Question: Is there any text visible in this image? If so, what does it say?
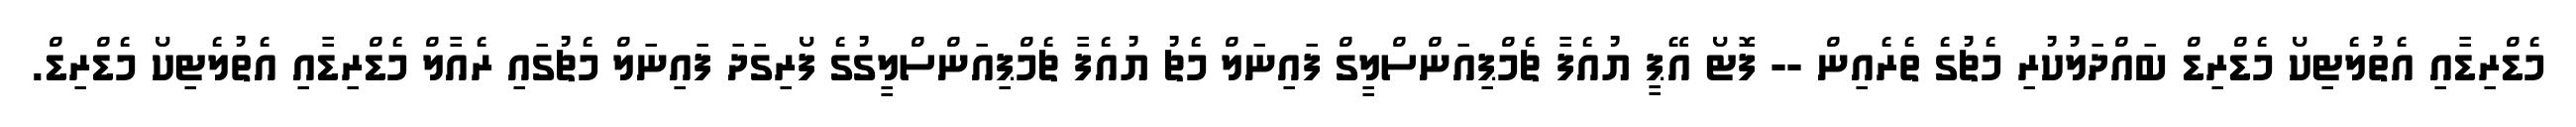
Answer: މެޑްރިޑާއި އެތުލެޓިކޯ މެޑްރިޑް ބައްދަލުކުރި މެޗުގެ ތެރެއިން -- ފޮޓޯ އޭޕީ ޔުއެފާ ޗެމްޕިއަންސްލީގް ފައިނަލް މެޗު ޔުއެފާ ޗެމްޕިއަންސްލީގުގެ ފޯރިގަދަ ފައިނަލް މެޗުގައި ރެއާލް މެޑްރިޑާއި އެތުލެޓިކޯ މެޑްރިޑް.